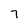
Character: 7